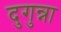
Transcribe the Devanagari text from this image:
दुगुन्ना